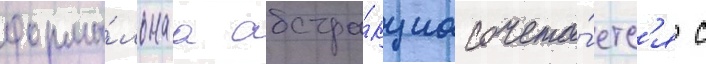
форма́льнаа абстра́кциа сочета́етс'я с